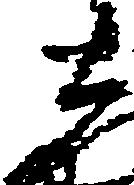
し